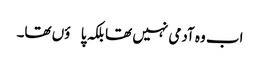
اب وہ آدمی نہیں تھا بلکہ پاؤں تھا۔